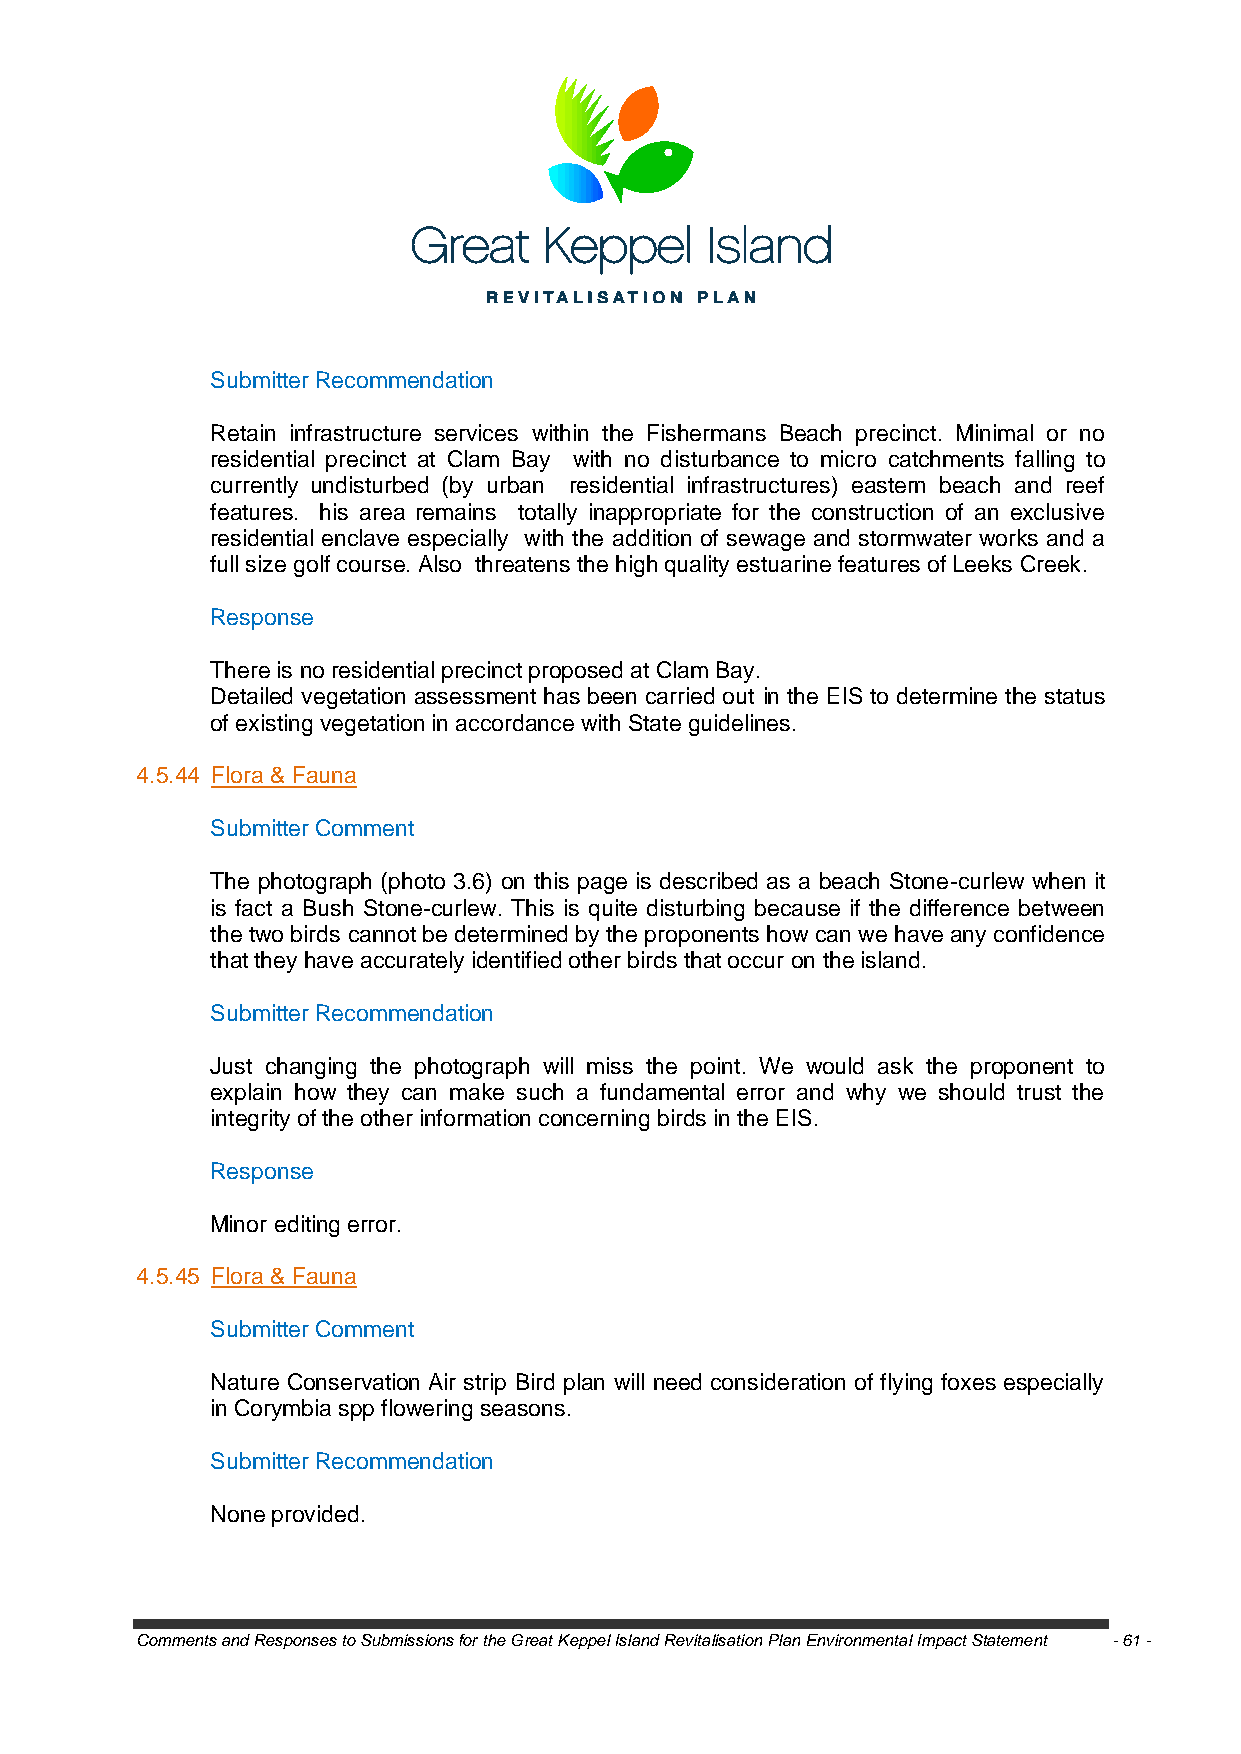
Submitter Recommendation
 Retain infrastructure services within the Fishermans Beach precinct. Minimal or no
 residential precinct at Clam Bay with no disturbance to micro catchments falling to
 currently undisturbed (by urban residential infrastructures) eastern beach and reef
 features. his area remains totally inappropriate for the construction of an exclusive
 residential enclave especially with the addition of sewage and stormwater works and a
 full size golf course. Also threatens the high quality estuarine features of Leeks Creek.
 Response
 There is no residential precinct proposed at Clam Bay.
 Detailed vegetation assessment has been carried out in the EIS to determine the status
 of existing vegetation in accordance with State guidelines.
 4.5.44 Flora & Fauna
 Submitter Comment
 The photograph (photo 3.6) on this page is described as a beach Stone-curlew when it
 is fact a Bush Stone-curlew. This is quite disturbing because if the difference between
 the two birds cannot be determined by the proponents how can we have any confidence
 that they have accurately identified other birds that occur on the island.
 Submitter Recommendation
 Just changing the photograph will miss the point. We would ask the proponent to
 explain how they can make such a fundamental error and why we should trust the
 integrity of the other information concerning birds in the EIS.
 Response
 Minor editing error.
 4.5.45 Flora & Fauna
 Submitter Comment
 Nature Conservation Air strip Bird plan will need consideration of flying foxes especially
 in Corymbia spp flowering seasons.
 Submitter Recommendation
 None provided.
 Comments and Responses to Submissions for the Great Keppel Island Revitalisation Plan Environmental Impact Statement - 61 -